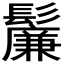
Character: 𬴯